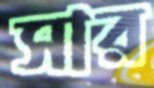
সার